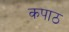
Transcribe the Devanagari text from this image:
कपाठ